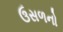
ઉસળનો